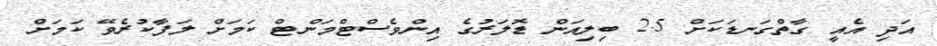
އަދި އެއީ ގާތްގަނޑަކަށް 2.5 ބިލިއަން ޑޮލަރުގެ އިންވެސްޓްމަންޓް ކަމަށް ލަފާކުރެވޭ ކަމަށް